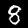
Digit: 8